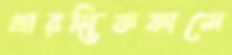
প্রারম্ভিককালে